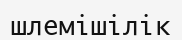
шлемішілік